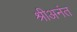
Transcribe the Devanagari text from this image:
श्रीअनंत